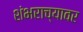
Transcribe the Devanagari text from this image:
शंभराच्यावर